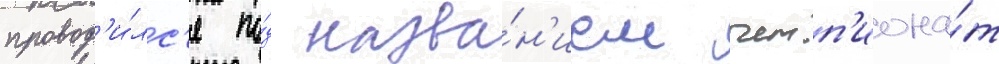
провод'и́лс'я по́д назва́н'ием чемп'иона́т